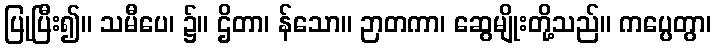
ပြုပြီး၍။ သမီပေ၊ ၌။ ဌိတာ၊ န်သော။ ဉာတကာ၊ ဆွေမျိုးတို့သည်။ ကပ္ပေတွာ၊